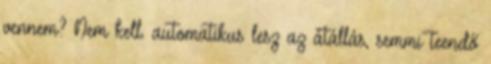
vennem? Nem kell. automatikus lesz az átállás, semmi teendő